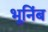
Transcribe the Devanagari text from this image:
भूनिंब